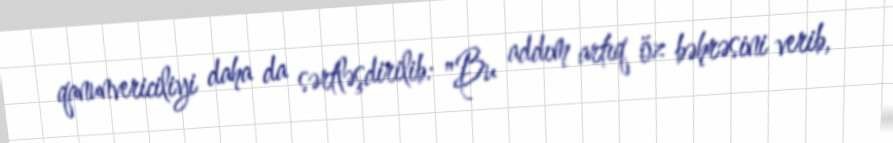
qanunvericiliyi daha da sərtləşdirilib: "Bu addım artıq öz bəhrəsini verib,